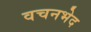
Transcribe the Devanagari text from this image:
वचनभेद